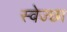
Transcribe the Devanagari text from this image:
स्वेज्छा